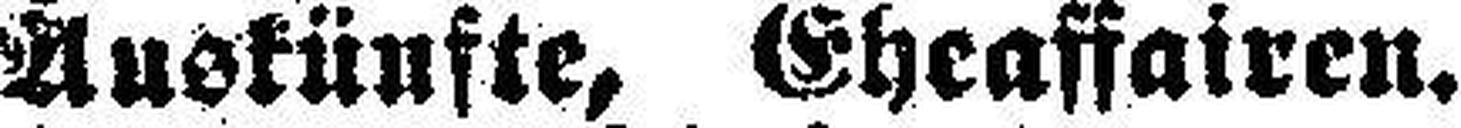
Auskünfte, Eheaffairen.